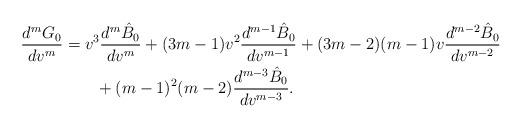
LaTeX: \begin{align*} \frac{d^mG_0}{dv^m}&=v^3\frac{d^m\hat{B}_0}{dv^m}+(3m-1)v^2\frac{d^{m-1}\hat{B}_0}{dv^{m-1}}+(3m-2)(m-1)v\frac{d^{m-2}\hat{B}_0}{dv^{m-2}}\\&\qquad+(m-1)^2(m-2)\frac{d^{m-3}\hat{B}_0}{dv^{m-3}}.\end{align*}